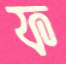
ফ